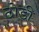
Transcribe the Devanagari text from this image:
ठोडी